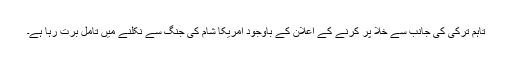
تاہم ترکی کی جانب سے خلا پر کرنے کے اعلان کے باوجود امریکا شام کی جنگ سے نکلنے میں تامل برت رہا ہے۔